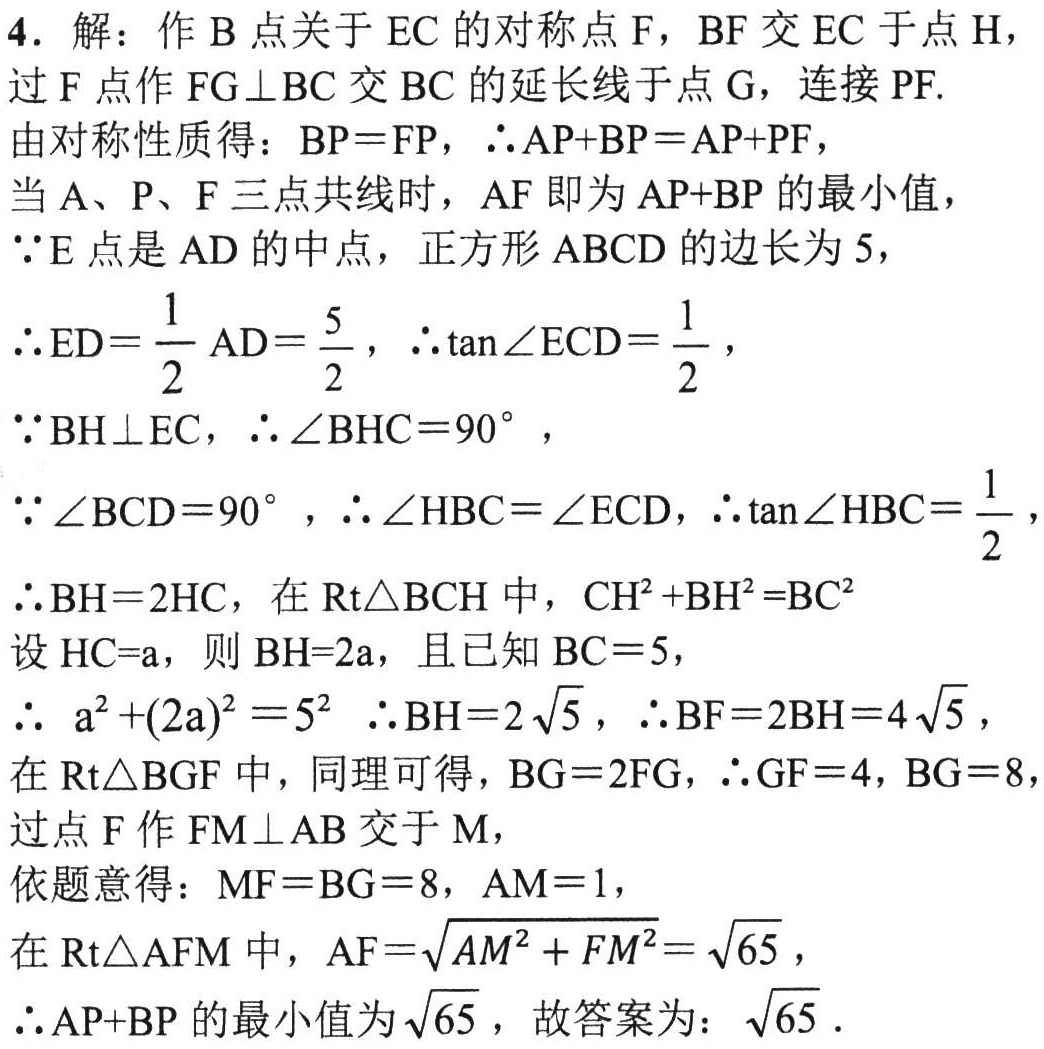
4. 解：作\(B\)点关于\(EC\)的对称点\(F\)，\(BF\)交\(EC\)于点\(H\)，过\(F\)点作\(FG\perp BC\)交\(BC\)的延长线于点\(G\)，连接\(PF\).

由对称性质得：\(BP = FP\)，\(\therefore AP + BP=AP + PF\)，

当\(A\)、\(P\)、\(F\)三点共线时，\(AF\)即为\(AP + BP\)的最小值，

\(\because E\)点是\(AD\)的中点，正方形\(ABCD\)的边长为\(5\)，

\(\therefore ED=\dfrac{1}{2}AD = \dfrac{5}{2}\)，\(\therefore \tan\angle ECD=\dfrac{1}{2}\)，

\(\because BH\perp EC\)，\(\therefore \angle BHC = 90^{\circ}\)，

\(\because \angle BCD = 90^{\circ}\)，\(\therefore \angle HBC=\angle ECD\)，\(\therefore \tan\angle HBC=\dfrac{1}{2}\)，

\(\therefore BH = 2HC\)，在\(Rt\triangle BCH\)中，\(CH^{2}+BH^{2}=BC^{2}\)

设\(HC = a\)，则\(BH = 2a\)，且已知\(BC = 5\)，

\(\therefore a^{2}+(2a)^{2}=5^{2}\) \(\therefore BH = 2\sqrt{5}\)，\(\therefore BF = 2BH = 4\sqrt{5}\)，

在\(Rt\triangle BGF\)中，同理可得，\(BG = 2FG\)，\(\therefore GF = 4\)，\(BG = 8\)

过点\(F\)作\(FM\perp AB\)交于\(M\)，

依题意得：\(MF = BG = 8\)，\(AM = 1\)，

在\(Rt\triangle AFM\)中，\(AF=\sqrt{AM^{2}+FM^{2}}=\sqrt{65}\)，

\(\therefore AP + BP\)的最小值为\(\sqrt{65}\)，故答案为：\(\sqrt{65}\) ．